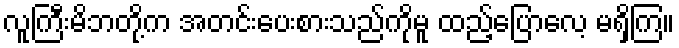
လူကြီးမိဘတို့က အတင်းပေးစားသည်ကိုမူ ထည့်ပြောလေ့ မရှိကြ။